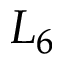
L _ { 6 }